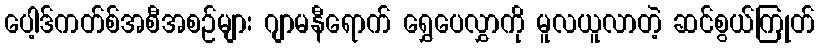
ပေါ့ဒ်ကတ်စ်အစီအစဉ်များ ဂျာမနီရောက် ရွှေပေလွှာကို မူလယူလာတဲ့ ဆင်စွယ်ကြုတ်